Report on horse surra - Volume I
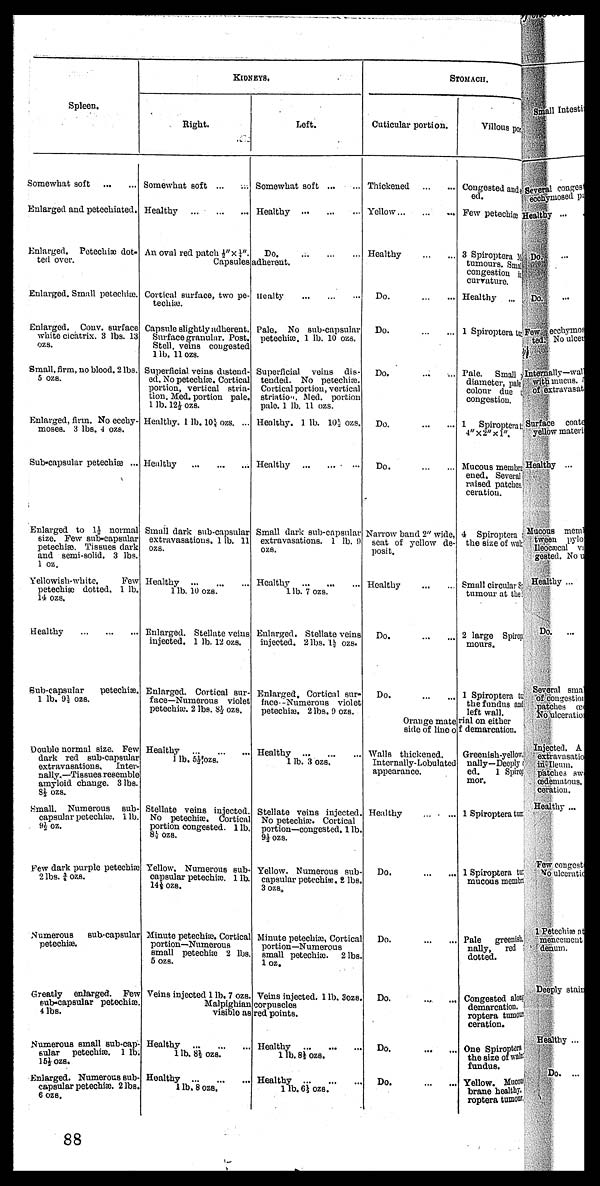
Spleen.
Somewhat soft
Enlarged and petechiated.
Enlarged. Petechiæ dot-
ted over.
Enlarged. Small petechiæ.
Enlarged. Conv. surface
white cicatrix. 3 lbs. 13
ozs.
Small, firm, no blood. 2 lbs.
5 ozs.
Enlarged, firm. No ecchy-
moses. 3 lbs. 4 ozs.
Sub-capsular petechiæ ...
Enlarged to 1½ normal
size. Few sub-capsular
petechia). Tissues dark
and semi-solid. 3 lbs.
1 oz.
Yellowish-white.
Few
petechiæ dotted. 1 lb.
14 ozs.
Healthy
Sub-capsular
petechia.
1 lb. 9½ ozs.
Double normal size. Few
dark red sub-capsular
extravasations. Inter-
nally.—Tissues resemble
amyloid change. 3 lbs.
8½ ozs.
.Small. Numerous sub-
capsular petechiæ. 1 lb.
9½ oz.
Few dark purple petechiæ
2 lbs. ¾| ozs.
Numerous
sub-capsular
petechiæ.
Greatly enlarged. Few
eub-capsular petechiæ
4 lbs.
Numerous small sub-cap-
sular petechiæ. 1 lb.
15½ ozs.
Enlarged. Numerous sub-
capsular petechiæ. 2 lbs.
6 ozs.
KIDNEYS.
Right.
Somewhat soft ...
Healthy
...
...
An oval red patch½"x ¼".
Capsules
Cortical surface, two pe-
techiæ.
Capsule slightly adherent.
Surface granular. Post.
Stell. veins congested
1 lb. 11 ozs.
Superficial veins distend-
ed. No petechiæ. Cortical
portion, vertical stria-
tion. Med. portion pale.
1 lb. 12½ ozs.
Healthy. 1 lb. 10½ ozs. ...
Healthy
Small dark sub-capsular
extravasations. 1 lb. 11
ozs.
Healthy ...
1 lb. 10 ozs.
Enlarged. Stellate veins
injected. 1 lb. 12 ozs.
Enlarged. Cortioal sur-
face—Numerous violet
petechia;. 2 lbs. 8 ½ ozs.
Healthy
...
...
1 lb. 5½ ozs.
Stellate veins injectod.
No petechiæ. Cortical
portion congested, 1 lb.
8½ ozs.
Yellow. Numerous sub-
capsular petechiæ. 1 lb.
14½ ozs.
Minute petechiæ. Cortical
portion—Numerous
small petechiæ 2 lbs.
5 ozs.
Veins injected 1 lb. 7 ozs.
Malpighian
visible as
Healthy
1 lb. 8½ ozs.
Healthy
1 lb. 8 ozs.
Left.
Somewhat soft ... ...
Healthy
...
...
Do
...
...
...
adherent.
Healty
...
...
...
Pale. No sub-capsular
petechiæ. 1 lb. 10 ozs.
Superficial veins dis-
tended. No petechiæ.
Cortical portion, vertical
strintion. Med. portion
pale. 1 lb. 11 ozs.
Healthy. 1 lb. 10½ ozs.
Healthy
...
...
...
Small dark Bub-capsular
extravasations. 1 lb. 9
ozs.
Healthy
...
...
...
1 lb. 7 ozs.
Enlarged. Stellate veins
injected. 2 lbs. 1½ ozs.
Enlarged. Cortical sur-
face- -Numerous violet
petechia;. 2 lbs. 9 ozs.
Healthy
...
...
1 lb. 3 ozs.
Stellate veins injected.
No petechiæ. Cortical
portion—congested. 1 lb.
9½ OZS.
Yellow. Numerous sub-
capsular petechiæ. 2 lbs.
3 ozs„
Minute petechi½, Cortical
portion—Numerous
small petechiæ. 2 lbs.
l oz.
Veins injected. 1 lb. 3ozs.
corpuscles
red points.
Healthy
...
...
1 lb. 8½ ozs.
Healthy
...
...
1 lb. 6½ ozs.
STOMACH.
Cuticular portion.
Thickened
...
...
Yellow ... ... ...
Healthy
...
...
Do.
...
...
Do.
...
...
Do. ... ...
Do.
...
...
Do.
...
...
Narrow baud 2" wide,
seat of yellow de-
posit.
Hoalthy
...
...
Do. ... ...
Do.
...
...
Orange mate
side of lino o
Walls thickened.
Intornally-Lobulated
appearance.
Healthy ... . ...
Do.
...
...
Do.
...
...
Do.
...
...
Do.
...
...
Do.
...
...
Villous portion
Congested and
Few petechiæ
3 Spiroptera
tumours. Sma
congestion in
curvuture.
Healthy ...
1 Spiroptera
Pale. Small
diameter, pale
colour due if
congestion.
1 Spiroptera t
4"x 2"x
1".
Mucous membre
ened. Several
raised patches
ceration.
4 Spiroptera
the size of wak
Small circular S
tumour at the
2 large Spiro
mours.
1 Spiroptera tc
the fundus and
left wall,
rial on either
f demarcation.
Greenish-yellow.
nally—Deoply
ed.
1 Spirop
mor.
1 Spiroptera tut
1 Spiroptera tn
mucous member
Pale
greenish
nally, red
dotted.
Congested aloif-
demarcation.
roptera tnmosf-
ceration.
One Spiroptera
the size of waln
fundus.
Yellow. Mucon
brane healthy.
roptera tumow
88